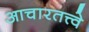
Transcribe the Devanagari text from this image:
आचारतत्त्वे